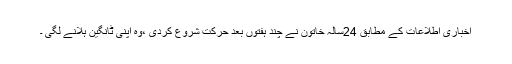
اخباری اطلاعات کے مطابق 24سالہ خاتون نے چند ہفتوں بعد حرکت شروع کردی ،وہ اپنی ٹانگین ہلانے لگی ۔